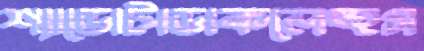
শ্যাডোটাডাকলেহুস